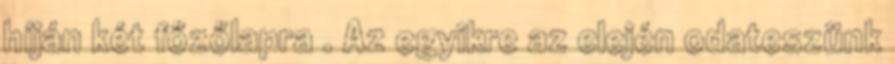
híján két főzőlapra . Az egyikre az elején odateszünk